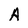
Character: A